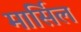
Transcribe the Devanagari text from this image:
मार्सिल